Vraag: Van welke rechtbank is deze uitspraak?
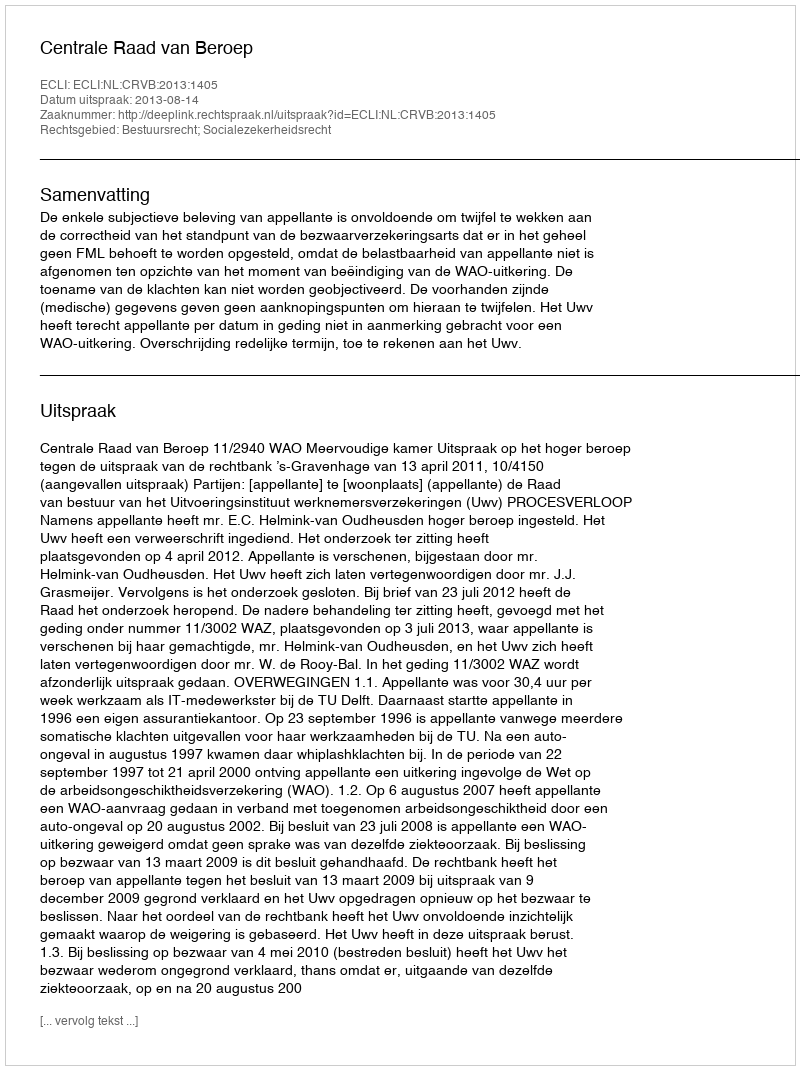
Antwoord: Centrale Raad van Beroep